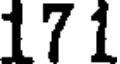
171